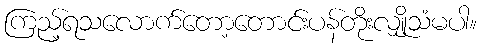
ကြည့်ရသလောက်တော့တောင်းပန်တိုးလျှိုသံမပါ။